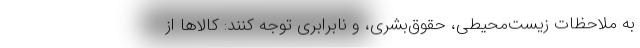
به ملاحظات زیست‌محیطی، حقوق‌بشری، و نابرابری توجه کنند: کالاها از